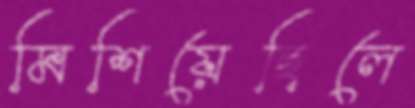
মিশিয়েছিলে